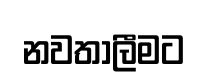
නවතාලීමට